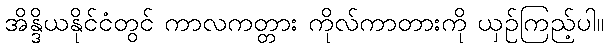
အိန္ဒိယနိုင်ငံတွင် ကာလကတ္တား ကိုလ်ကာတားကို ယှဉ်ကြည့်ပါ။